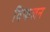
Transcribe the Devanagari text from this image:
विफलन